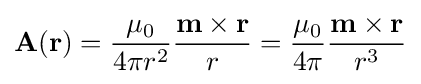
{\mathbf {A} }({\mathbf {r} })={\frac {\mu _{0}}{4\pi r^{2}}}{\frac {{\mathbf {m} }\times {\mathbf {r} }}{r}}={\frac {\mu _{0}}{4\pi }}{\frac {{\mathbf {m} }\times {\mathbf {r} }}{r^{3}}}